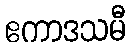
ဧကာဒသမီ